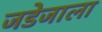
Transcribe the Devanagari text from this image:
जडेजाला